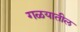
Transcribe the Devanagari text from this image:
गळयातील